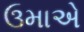
ઉમાએ